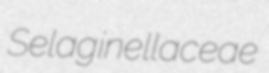
Selaginellaceae